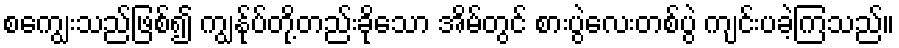
စကျွေးသည်ဖြစ်၍ ကျွန်ုပ်တို့တည်းခိုသော အိမ်တွင် စားပွဲလေးတစ်ပွဲ ကျင်းပခဲ့ကြသည်။